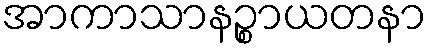
အာကာသာနဉ္စာယတနာ